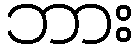
ဘား